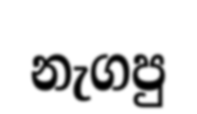
නැගපු